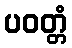
ပဝတ္တံ